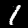
Digit: 1